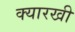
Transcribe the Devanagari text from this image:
क्यारखी